Report on sanitation, dispensaries, and jails in Rajputana for 1919, and on vaccination for the year 1919-1920 - 1919-1920
Year: 1919
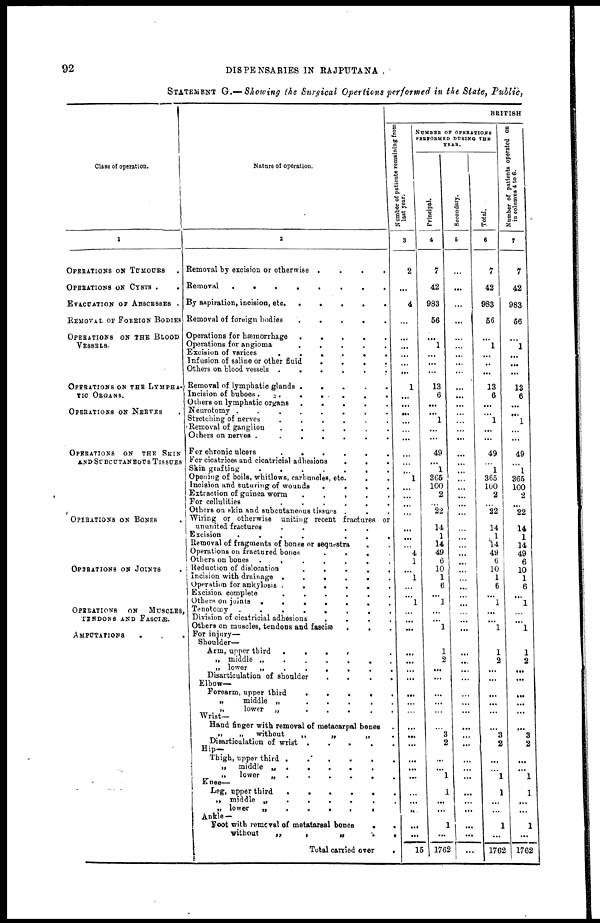
92
DISPENSARIES IN RAJPUTANA .
STATEMENT G.— Showing the Surgical Opertions performed in the State, Public,
Class of operation.
1
OPERATIONS OF TUMOURS .
OPERATIONS ON CYSTS . .
EVACUATION OF ABSCESSES .
REMOVAL OF FOREIGN BODIES
OPERATIONS ON THE BLOOD
VESSELS.
OPERATIONS ON THE LYMPHA-
TIC ORGANS.
OPERATIONS ON NERVES .
OPERATIONS ON THE SKIN
AND SUBCUTANEOUS TISSUES
OPERATIONS ON BONES .
OPERATIONS ON JOINTS .
OPERATIONS
ON
MUSCLES,
TENDONS AND FASCIÆ.
AMPUTATIONS . . .
Nature of operation.
2
Removal by excision or otherwise .
.
.
.
Removal
.
.
.
.
.
.
.
.
By aspiration, incision, etc.
.
.
.
.
.
Removal of foreign bodies
.
.
.
.
.
Operations for hæmorrhage
.
.
.
.
.
Operations for angioma
.
.
.
.
.
Excision of varices
.
.
.
.
.
.
Infusion of saline or other
fluid
.
.
.
.
Others on blood vessels .
.
.
.
.
.
Removal of lymphatic glands
.
.
. .
.
Incision of buboes.
.
.
.
.
.
.
Others on lymphatic organs
.
.
.
.
.
Neurotomy .
.
.
.
.
.
.
.
Stretching of nerves
.
.
.
.
.
.
Removal of ganglion
.
.
.
.
.
.
Others on nerves .
.
.
.
.
.
.
For chronic ulcers
.
.
.
.
.
.
For cicatrices and cicatricial adhesions
.
.
.
Skin grafting
.
.
.
.
.
.
.
Opening of boils, whitlows, carbuncles, etc. . .
Incision and suturing of wounds
.
.
.
.
Extraction of guinea worm
.
.
. . .
For cellulities
.
.
.
.
.
.
Others on skin and subcutaneous tissues . . .
Wiring or otherwise uniting recent fractures or
ununited fractures
.
.
. .
Excision
.
.
.
.
.
.
.
Removal of fragments of bones or sequestra
. .
Operations on fractured bones
.
.
.
Others on bones .
.
.
.
.
.
.
Reduction of dislocation
.
.
.
.
.
Incision with drainage .
.
.
.
.
.
Operation for ankylosis .
.
.
.
.
.
Excision complete
.
.
.
.
.
.
Others on joints .
.
.
.
.
.
.
Tenotomy .
.
.
.
.
.
.
.
Division of cicatricial adhesions
.
.
.
.
Others on muscles, tendons and fasciæ .
. .
For injury—
Shoulder—
Arm, upper third
.
.
. . .
„ middle „
„ lower „ .
.
.
.
.
.
.
Disarticulation of shoulder
.
.
.
.
Elbow—
Forearm, upper third
.
.
.
.
.
„
middle „
.
.
.
.
.
,,
lower
„
Wrist—
Hand finger with removal of metacarpal bones .
„
„
without
„
„
„ .
Disarticulation of wrist .
.
.
.
.
Hip—
Thigh, upper third .
.
.
.
.
.
„
middle „ .
.
.
.
.
„
lower „ .
.
.
.
.
.
.
Knee—
Leg, upper third
.
.
.
.
.
.
„ middle „
.
.
.
.
.
„ lower
„
.
.
.
.
.
Ankle—
Foot with removal of metatarsal bones
.
.
without
„
,
„
.
.
Total carried over
.
BRITISH
Number of patients remaining from
last year.
3
2
...
4
...
...
...
...
...
...
1
...
...
...
...
...
...
...
...
...
1
...
...
...
...
...
...
...
4
1
...
1
...
...
1
...
...
...
...
...
...
...
...
...
...
...
...
...
...
...
...
...
...
...
...
...
15
NUMBER OF OPERATIONS
PERFORMED DURING THE
YEAR.
Principal.
4
7
42
983
56
...
1
...
...
...
13
6
...
...
1
...
...
49
...
1
365
100
2
...
22
14
1
14
49
6
10
1
6
...
1
...
...
1
1
2
...
...
...
...
...
...
3
2
...
...
1
1
...
...
1
...
1762
Secondary.
5
...
...
...
...
...
...
...
...
...
...
...
...
...
...
...
...
...
...
...
...
...
...
...
...
...
...
...
...
...
...
...
...
...
...
...
...
...
...
...
...
...
...
...
...
...
...
...
...
...
...
...
...
...
...
...
...
Total.
6
7
42
983
56
...
1
...
...
...
13
6
...
...
1
...
...
49
...
1
365
100
2
...
22
14
1
14
49
6
10
1
6
...
1
...
...
1
1
2
...
...
...
...
...
...
3
2
...
...
1
1
...
...
1
...
1762
Number of patients operated on
in columns 4 to 6.
7
7
42
983
56
...
1
...
...
...
13
6
...
...
1
...
...
49
...
1
365
100
2
...
22
14
1
14
49
6
10
1
6
...
1
...
...
1
1
2
...
...
...
...
...
...
3
2
...
...
1
1
...
...
1
...
1762